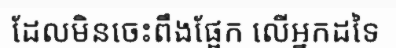
ដែលមិនចេះពឹងផ្អែក លើអ្នកដទៃ